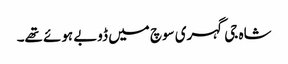
شاہ جی گہری سوچ میں ڈوبے ہوئے تھے۔